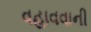
વહાવવાની